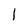
Character: 1